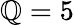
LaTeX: \mathbb{Q}=5